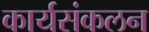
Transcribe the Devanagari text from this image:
कार्यसंकलन